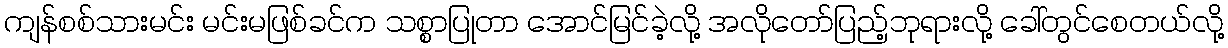
ကျန်စစ်သားမင်း မင်းမဖြစ်ခင်က သစ္စာပြုတာ အောင်မြင်ခဲ့လို့ အလိုတော်ပြည့်ဘုရားလို့ ခေါ်တွင်စေတယ်လို့